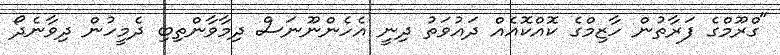
"ގްރޫމްގެ ފަރާތުން ހާޒިމްގެ ކޮއްކޮއެއް ދައުވަތު ދިނީ އެހެންނޫނަސް ދިމާވާންތިބި ދެމީހުން ދިވާނެދޯ